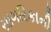
સાગરિકાની